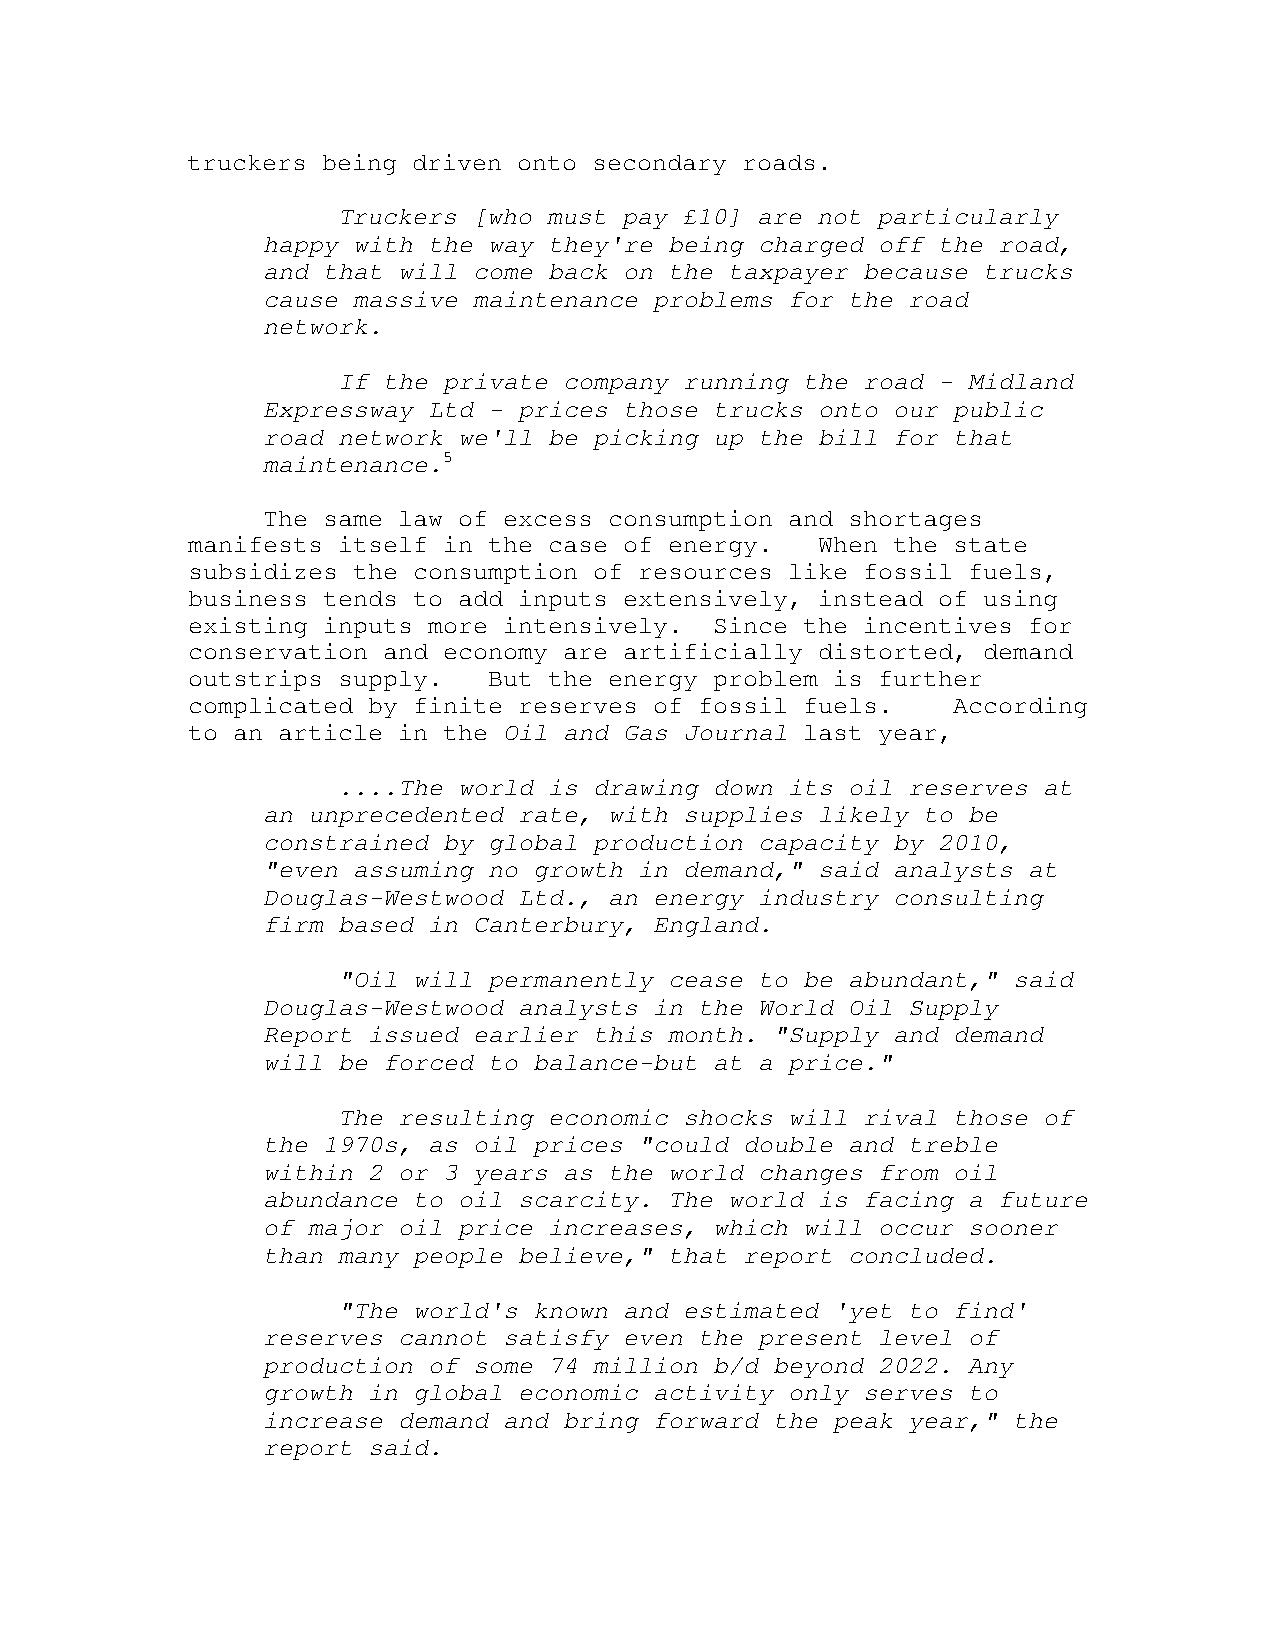
truckers being driven onto secondary roads.
 Truckers [who must pay £10] are not particularly
 happy with the way they're being charged off the road,
 and that will come back on the taxpayer because trucks
 cause massive maintenance problems for the road
 network.
 If the private company running the road - Midland
 Expressway Ltd - prices those trucks onto our public
 road network we'll be picking up the bill for that
 maintenance.5
 The same law of excess consumption and shortages
 manifests itself in the case of energy.   When the state
 subsidizes the consumption of resources like fossil fuels,
 business tends to add inputs extensively, instead of using
 existing inputs more intensively.  Since the incentives for
 conservation and economy are artificially distorted, demand
 outstrips supply.   But the energy problem is further
 complicated by finite reserves of fossil fuels.    According
 to an article in the Oil and Gas Journal last year,
 ....The world is drawing down its oil reserves at
 an unprecedented rate, with supplies likely to be
 constrained by global production capacity by 2010,
 "even assuming no growth in demand," said analysts at
 Douglas-Westwood Ltd., an energy industry consulting
 firm based in Canterbury, England.
 "Oil will permanently cease to be abundant," said
 Douglas-Westwood analysts in the World Oil Supply
 Report issued earlier this month. "Supply and demand
 will be forced to balance-but at a price."
 The resulting economic shocks will rival those of
 the 1970s, as oil prices "could double and treble
 within 2 or 3 years as the world changes from oil
 abundance to oil scarcity. The world is facing a future
 of major oil price increases, which will occur sooner
 than many people believe," that report concluded.
 "The world's known and estimated 'yet to find'
 reserves cannot satisfy even the present level of
 production of some 74 million b/d beyond 2022. Any
 growth in global economic activity only serves to
 increase demand and bring forward the peak year," the
 report said.